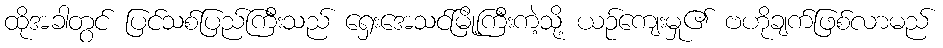
ထိုအခါတွင် ပြင်သစ်ပြည်ကြီးသည် ရှေးအေသင်မြို့ကြီးကဲ့သို့ ယဉ်ကျေးမှု၏ ဗဟိုချက်ဖြစ်လာမည်